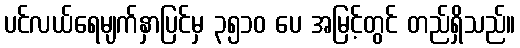
ပင်လယ်ရေမျက်နှာပြင်မှ ၃၅၁၀ ပေ အမြင့်တွင် တည်ရှိသည်။